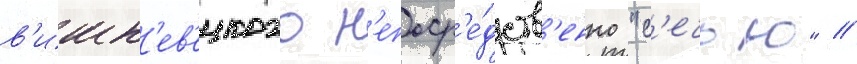
в'ишн'ев'ецкого н'епоср'е́дств'енно "с'ечью" /